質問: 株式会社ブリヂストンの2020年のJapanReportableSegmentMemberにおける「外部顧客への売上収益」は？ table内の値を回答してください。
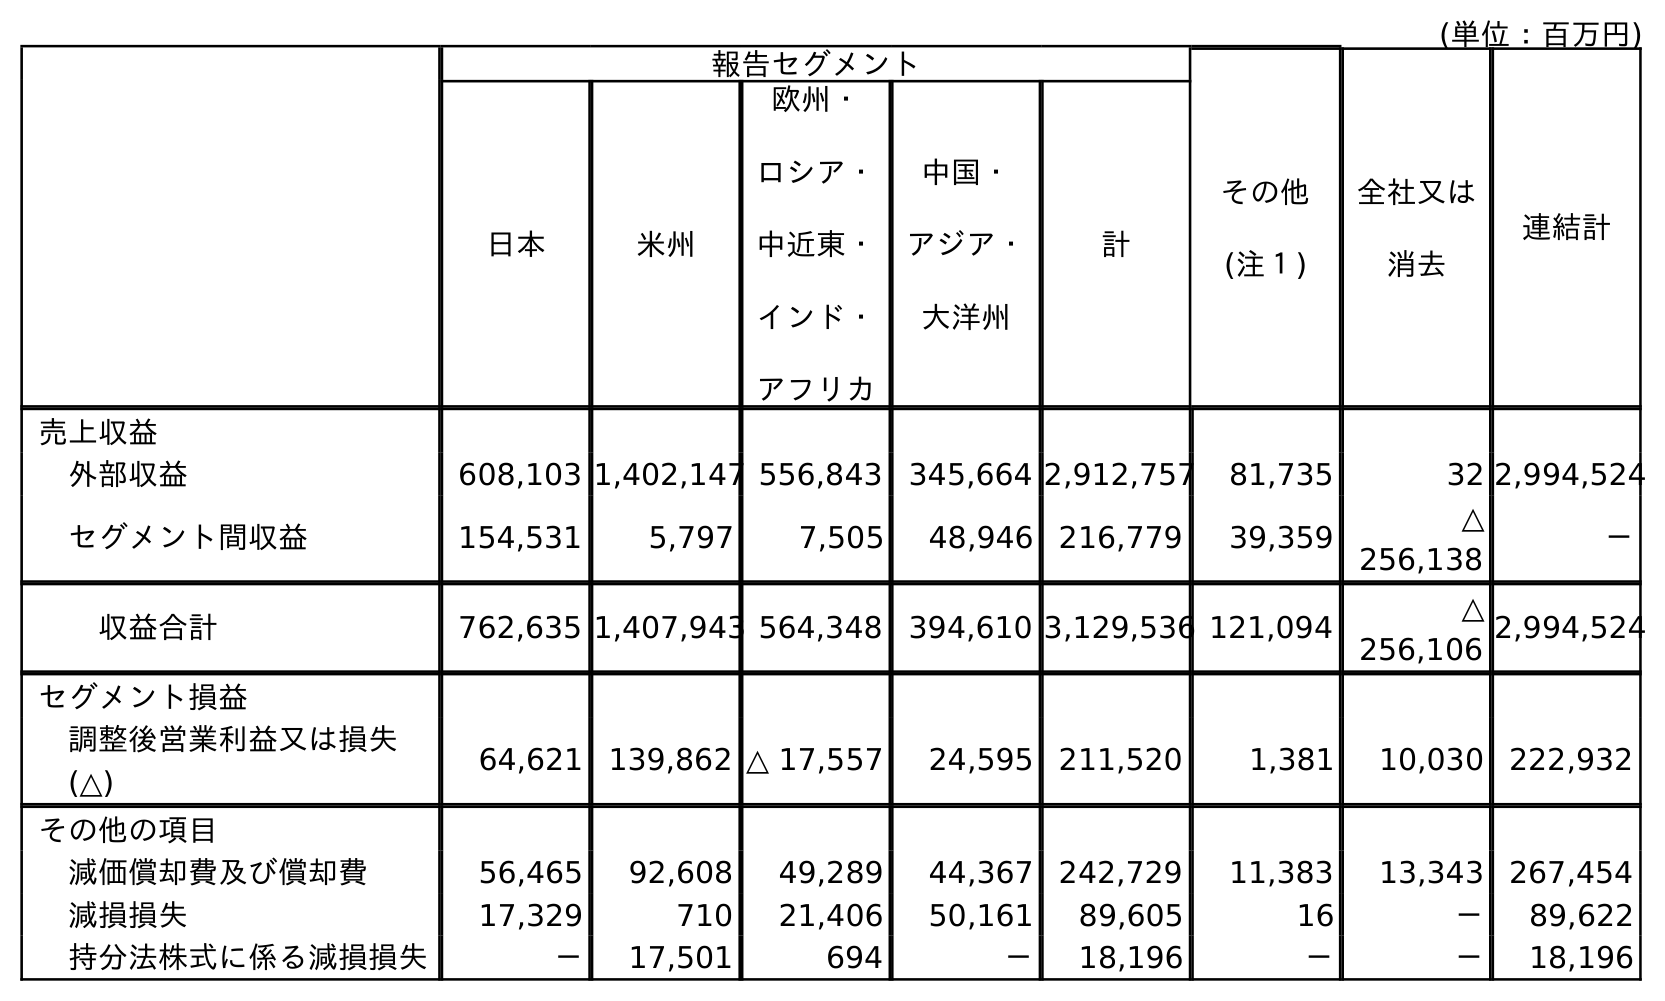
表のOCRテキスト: (単位：百万円) 報告セグメント その他 (注１) 全社又は 消去 連結計 日本 米州 欧州・ ロシア・ 中近東・ インド・ アフリカ 中国・ アジア・ 大洋州 計 売上収益 外部収益 608,103 1,402,147 556,843 345,664 2,912,757 81,735 32 2,994,524 セグメント間収益 154,531 5,797 7,505 48,946 216,779 39,359 △ 256,138 － 収益合計 762,635 1,407,943 564,348 394,610 3,129,536 121,094 △ 256,106 2,994,524 セグメント損益 調整後営業利益又は損失 (△) 64,621 139,862 △ 17,557 24,595 211,520 1,381 10,030 222,932 その他の項目 減価償却費及び償却費 56,465 92,608 49,289 44,367 242,729 11,383 13,343 267,454 減損損失 17,329 710 21,406 50,161 89,605 16 － 89,622 持分法株式に係る減損損失 － 17,501 694 － 18,196 － － 18,196
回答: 608,103